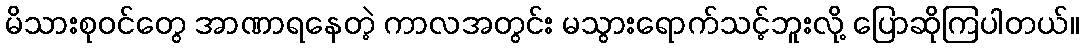
မိသားစုဝင်တွေ အာဏာရနေတဲ့ ကာလအတွင်း မသွားရောက်သင့်ဘူးလို့ ပြောဆိုကြပါတယ်။